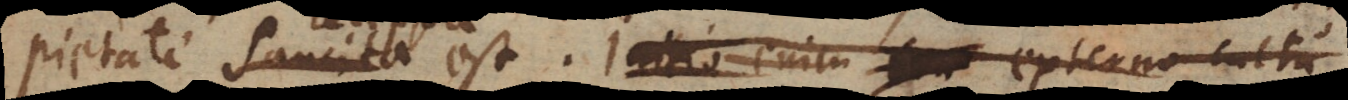
pietate sancita est. Initio enim externo cul